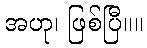
အဟု၊ ဖြစ်ပြီ။။